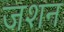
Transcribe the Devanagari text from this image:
जशन